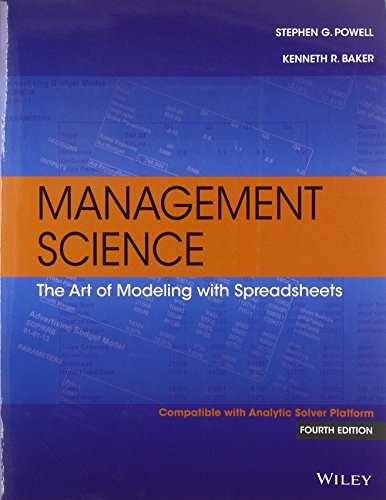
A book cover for Management Science: The Art of Modeling with Spreadsheets; Stephen G. Powell; Business & Money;